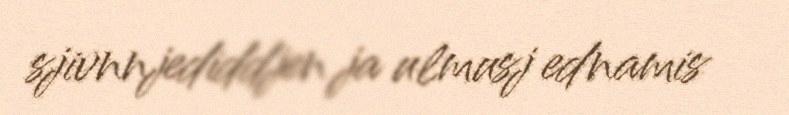
sjivnnjediddjen ja ulmusj ednamis